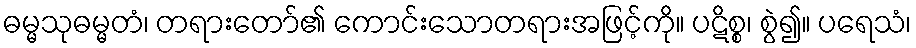
ဓမ္မသုဓမ္မတံ၊ တရားတော်၏ ကောင်းသောတရားအဖြင့်ကို။ ပဋိစ္စ၊ စွဲ၍။ ပရေသံ၊